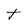
Character: t